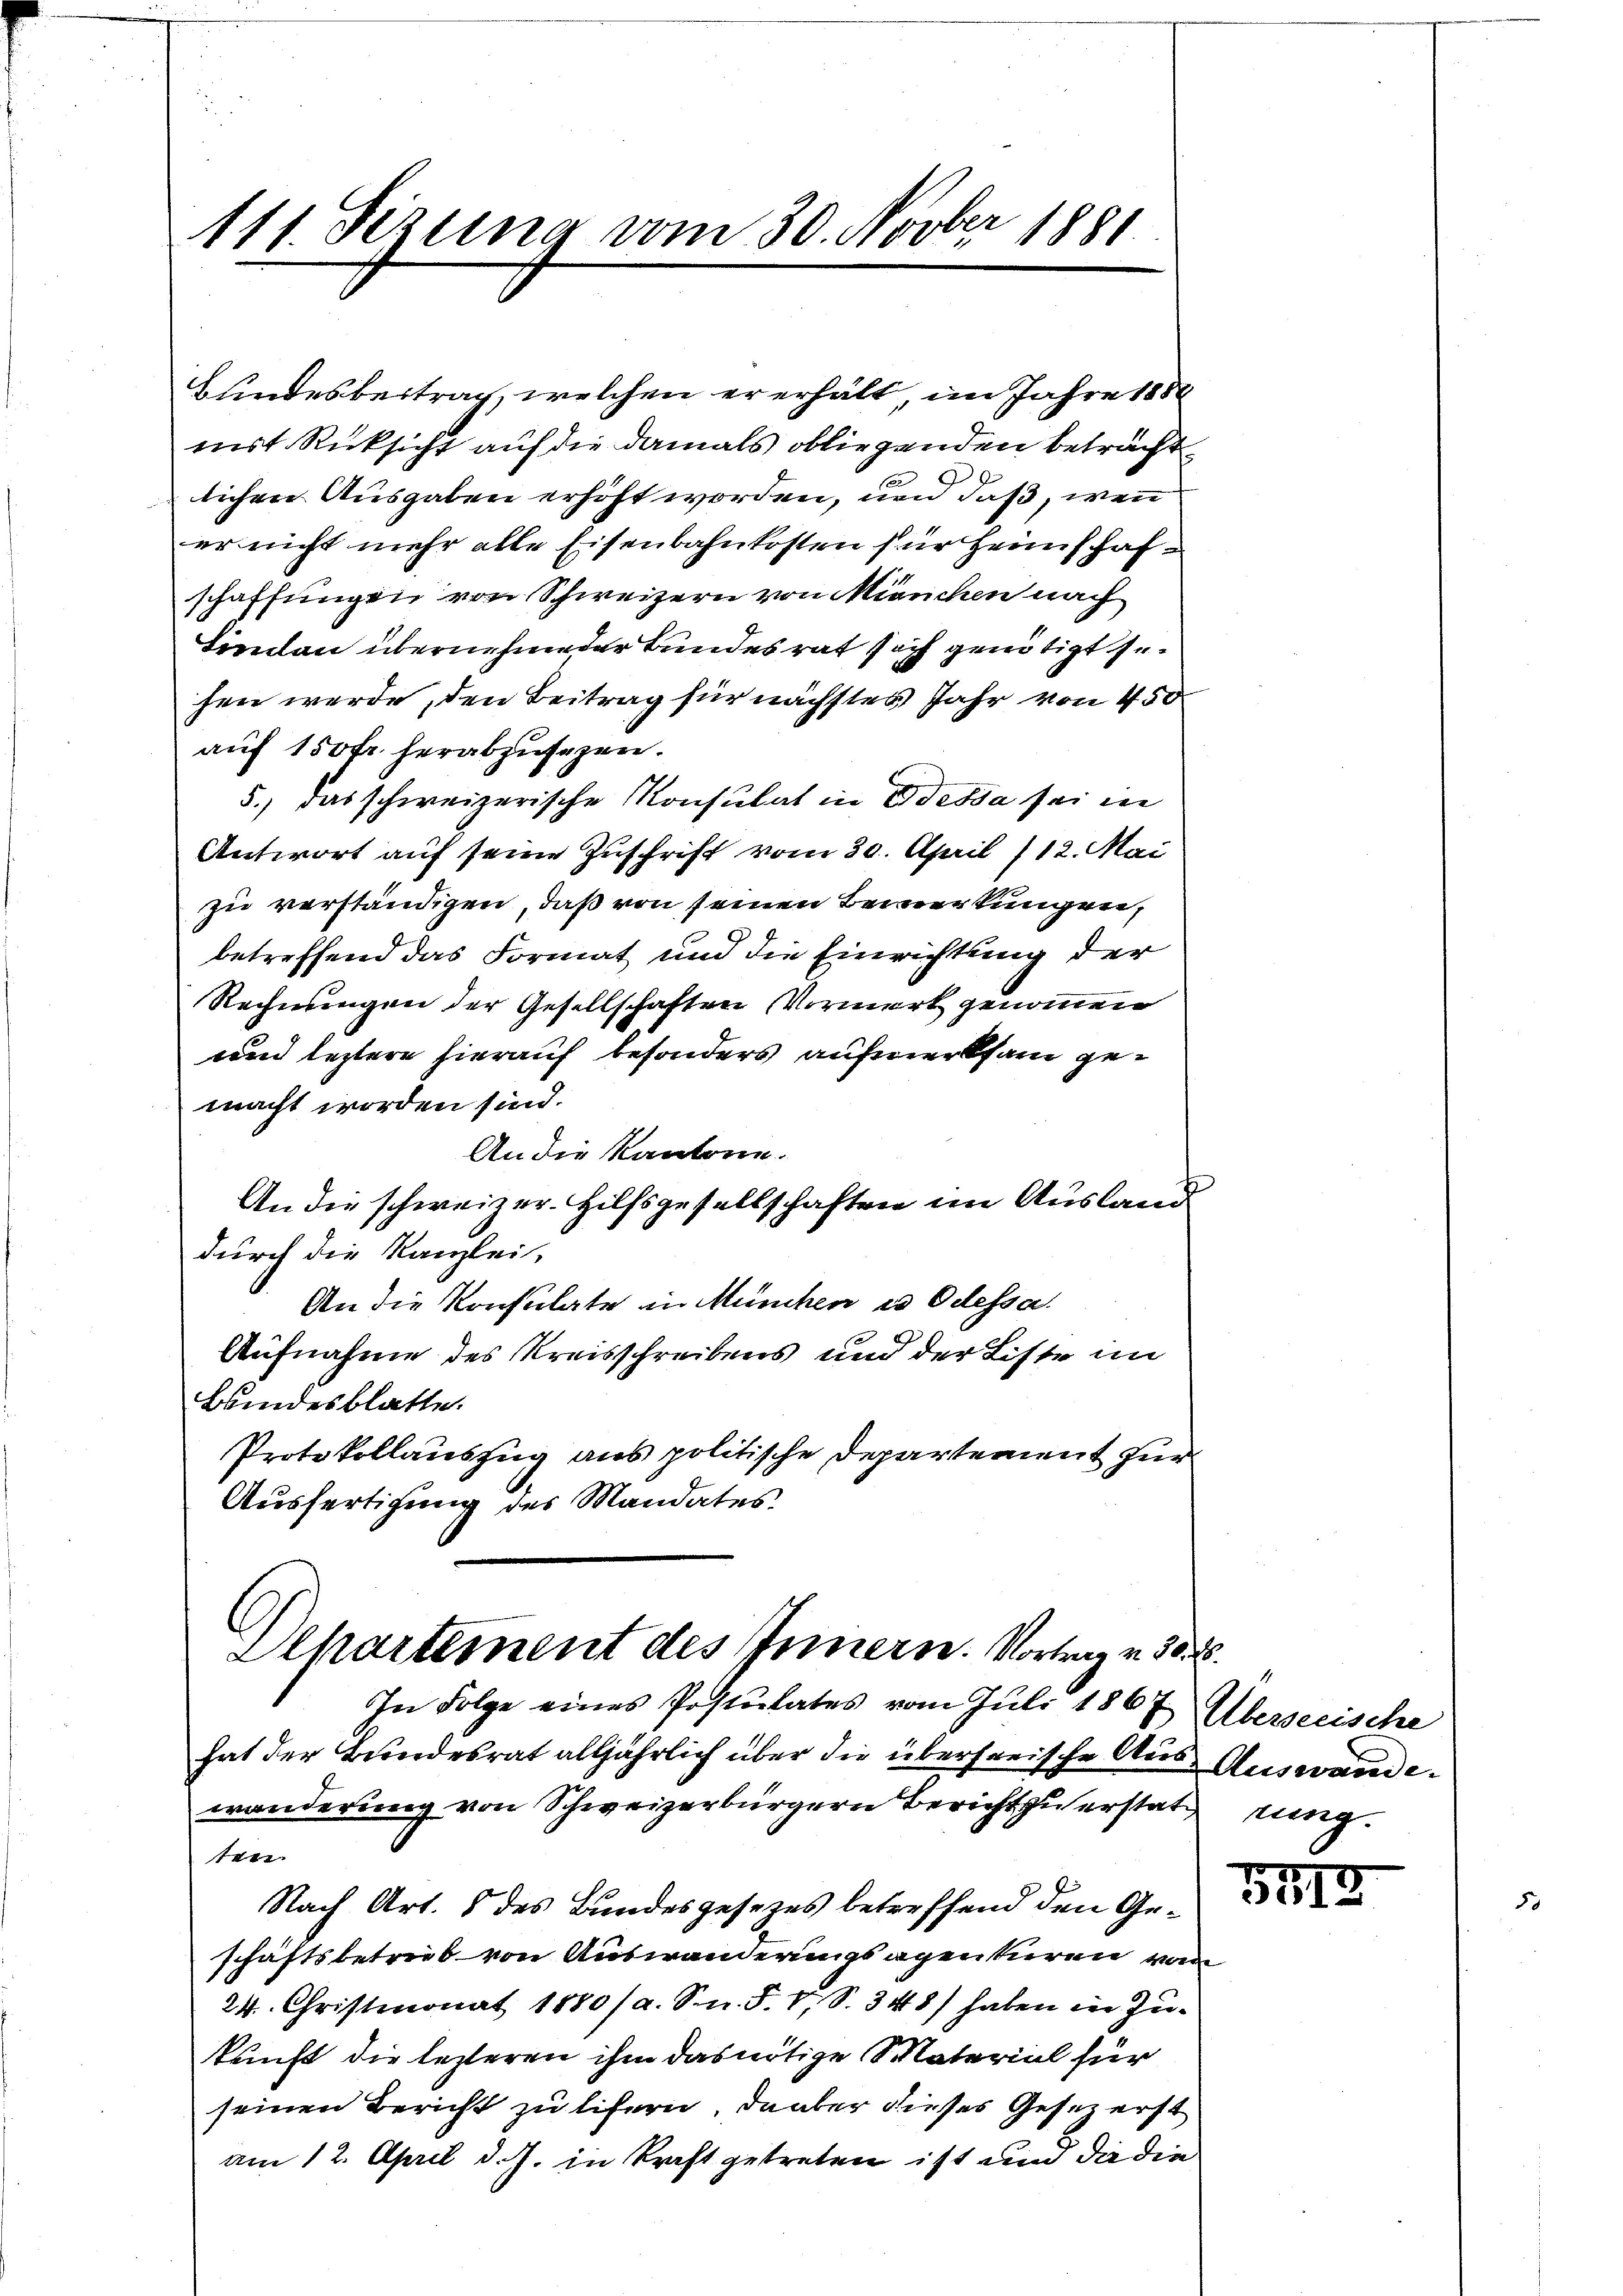
111. Sezung vom 30. Novber 1881

Bundesbeitrag, welchen er erhält im Jahre 1888
mirt Rücksicht auf die damals obliegenden betracht
lichen Ausgaben erhöht worden, und daß, wenn
er nicht mehr alle Eisenbahnkosten für Heimschafschaffungen von Schweizern von München nach
Tindau übernehme der Bundesrat sich genötigt sehen werde, den Beitrag für nächstes Jahr von 400
auf 150 fr. herabzusehen.
5.) Das schweizerische Konsulat in Odessa sei in
Antwort auf seine Zuschrift vom 30. April /12. Mai
zu verständigen, daß von seinen Bemerkungen,
betreffend das Format und die Einrichtung der
Rechnungen der Gesellschaften Vormerk genommen
und leztere hierauf besonders aufmerksam gemacht worden sind.
An die Kantone.
An die schweizer. Hilfsgesellschaften im Ausland
durch die Kanzlei-
An die Konsulate in München in Odessa.
Aufnahme des Kreisschreibens und der Liste im
Bundesblatte.
Protokollauszug aus politische Departement zur
Ausfertigung des Mandates

In Folge eines Postulates vom Juli 1867 Überseeische
hat der Bundesrat alljährlich über die überseeische Aus Auswande.
wanderung von Schweizerbürgern Bericht zu erstatt ung.
ten.
Nach Art. 8 des Bundesgesezes betreffend den Geschäftsbetreib von Auswanderungsagenturen vom
24. Christmonat 1880 (a. Sn. F. V, S. 348) haben in Zukunft die lezteren ihm das nötige Material für
seinen Bericht zu lifern, da aber dieses Gesezerst
am 12. April d. J. in Kraft getreten ist und die die

Alhartement des Innern. Vortrag v. 30.

51